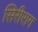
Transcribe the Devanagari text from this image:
सिरीराग